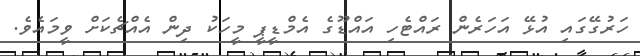
ހަރުގޭގައި އުޅޭ އަހަރެން ރައްޓެހި އައްޑޫގެ އެމްޑީޕީ މީހަކު ދިން އެއްޗެކަށް ވީމައެވެ.